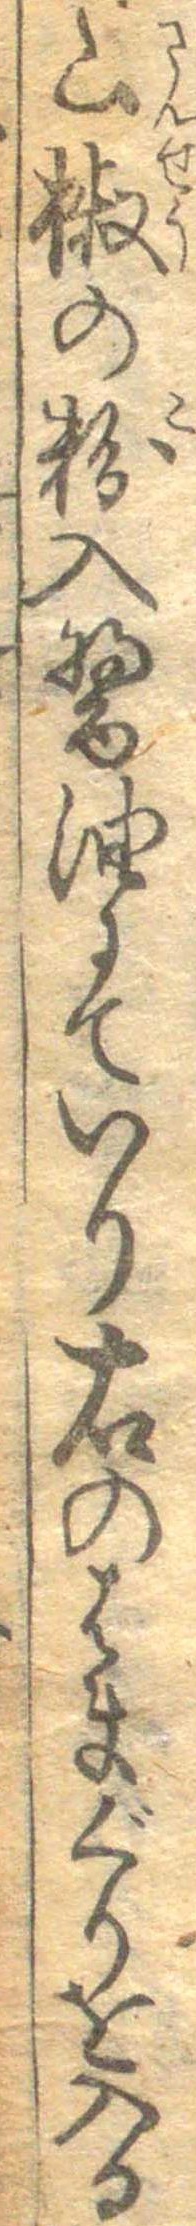
山椒の粉入醤油にていり右のはまぐりを入る